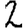
Digit: 2